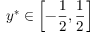
{ { y } ^ { * } } \in \left[ - \frac { 1 } { 2 } , \frac { 1 } { 2 } \right]